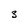
Character: 3